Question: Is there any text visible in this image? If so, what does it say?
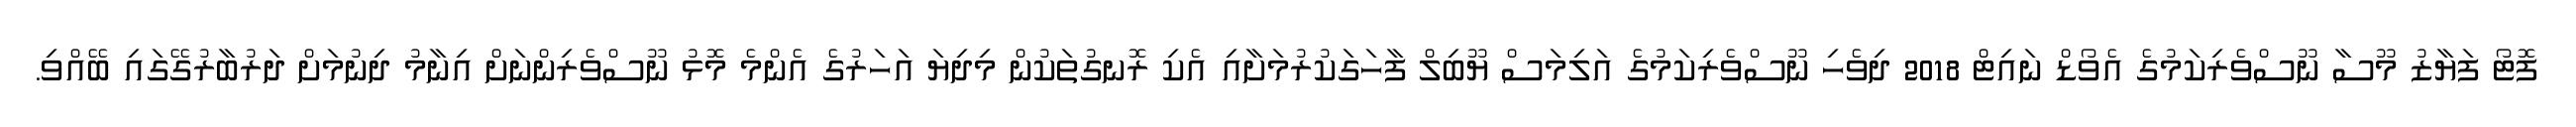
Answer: ފޮޓޯ ފަޔާޒު މޫސާ ނޫސްވެރިކަމުގެ އެވޯޑް ނައިޓް 2018 ދިވެހި ނޫސްވެރިކަމުގެ އަލިމަސް ޔޫބިލް ފާހަގަކުރުމަށާއި އެކި ރޮނގުތަކުން މިދިޔަ އަހަރުގެ އެންމެ މޮޅު ނޫސްވެރިންނަށް އިނާމު ދިނުމަށް ދަރުބާރުގޭގައި ބޭއްވި.